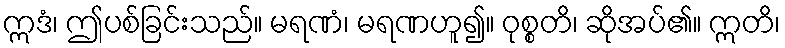
ဣဒံ၊ ဤပစ်ခြင်းသည်။ မရဏံ၊ မရဏဟူ၍။ ဝုစ္စတိ၊ ဆိုအပ်၏။ ဣတိ၊